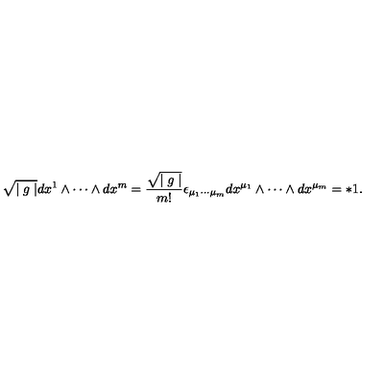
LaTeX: \sqrt { \mid g \mid } d x ^ { 1 } \wedge \cdots \wedge d x ^ { m } = \frac { \sqrt { \mid g \mid } } { m ! } \epsilon _ { \mu _ { 1 } \cdots \mu _ { m } } d x ^ { \mu _ { 1 } } \wedge \cdots \wedge d x ^ { \mu _ { m } } = * 1 .